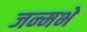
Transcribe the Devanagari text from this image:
जन्मभे